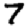
Digit: 7